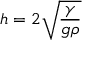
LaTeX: h = 2 { \sqrt { \frac { \gamma } { g \rho } } }